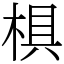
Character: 椇